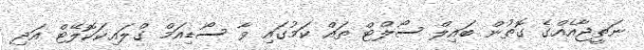
ނަތީޖާއެއްގެ ގޮތުން ބައިލް ސޯލްޓް ތައް ކަމުގައި ވާ ސޯޑިއަމް ގްލައިކަކޮލޭޓް އަދި